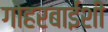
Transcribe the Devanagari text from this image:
गोहरबाईंशी